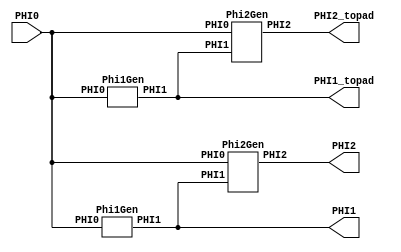
`timescale 1ns/1ns

module ClkGen (PHI0, PHI1, PHI2, PHI1_topad, PHI2_topad);

	input PHI0;
	output PHI1;
	output PHI2;
	output PHI1_topad;
	output PHI2_topad;

	Phi1Gen phi1_tocore (.PHI0(PHI0), .PHI1(PHI1) );
	Phi2Gen phi2_tocore (.PHI0(PHI0), .PHI1(PHI1), .PHI2(PHI2) );

	Phi1Gen phi1_topad (.PHI0(PHI0), .PHI1(PHI1_topad) );
	Phi2Gen phi2_topad (.PHI0(PHI0), .PHI1(PHI1_topad), .PHI2(PHI2_topad) );

endmodule 	// ClkGen

module Phi1Gen (PHI0, PHI1);

	input PHI0;
	output PHI1;

	assign PHI1 = ~(~(~PHI0));

endmodule // Phi1Gen

module Phi2Gen (PHI0, PHI1, PHI2);

	input PHI0;
	input PHI1;
	output PHI2;

	wire tmp1;
	wire tmp2;
	assign tmp1 = ~PHI0 | PHI1;
	assign tmp2 = ~PHI0 & tmp1;
	assign PHI2 = ~(tmp2 ? tmp2 : tmp1);	

endmodule // Phi2Gen